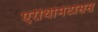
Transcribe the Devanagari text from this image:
एरीथीमेटोसस